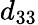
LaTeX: d_{33}